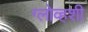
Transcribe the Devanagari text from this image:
ग्लोव्हशी